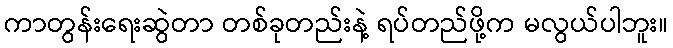
ကာတွန်းရေးဆွဲတာ တစ်ခုတည်းနဲ့ ရပ်တည်ဖို့က မလွယ်ပါဘူး။